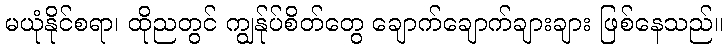
မယုံနိုင်စရာ၊ ထိုညတွင် ကျွန်ုပ်စိတ်တွေ ချောက်ချောက်ချားချား ဖြစ်နေသည်။